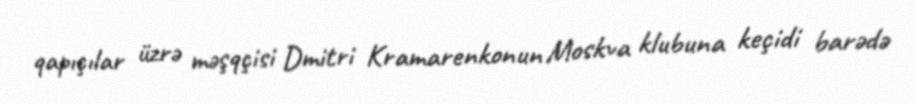
qapıçılar üzrə məşqçisi Dmitri Kramarenkonun Moskva klubuna keçidi barədə